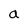
Character: a